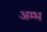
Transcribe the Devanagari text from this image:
अम्भ